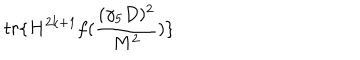
LaTeX: t r \{ H ^ { 2 k + 1 } f ( \frac { ( \gamma _ { 5 } D ) ^ { 2 } } { M ^ { 2 } } ) \}